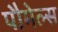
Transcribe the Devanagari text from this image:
पौमेल्स